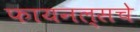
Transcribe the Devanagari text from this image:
फायनल्सचे